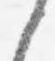
之